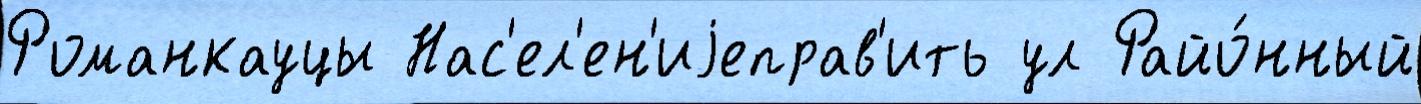
Романкауцы Нас'ел'ен'иjеправ'ить ул Райо́нный